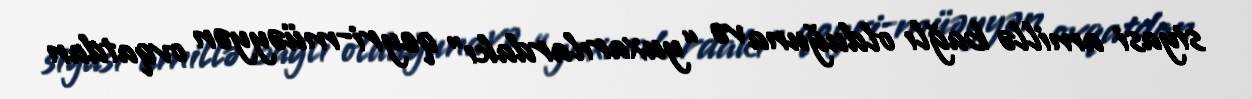
siyasi amillə bağlı olduğuna və “yuxarılardakı” qeyri-müəyyən ovqatdan